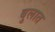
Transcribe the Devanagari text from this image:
बुलात